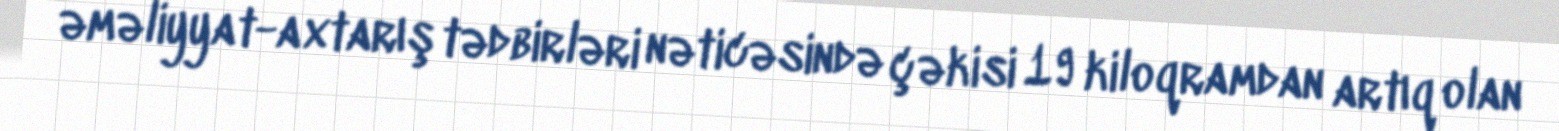
əməliyyat-axtarış tədbirləri nəticəsində çəkisi 19 kiloqramdan artıq olan